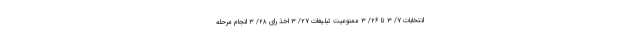
انتخابات ۷/ ۳ تا ۲۶/ ۳ ممنوعیت تبلیغات ۲۷/ ۳ اخذ رای ۲۸/ ۳ انجام مرحله